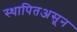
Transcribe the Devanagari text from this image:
स्थापितअसून